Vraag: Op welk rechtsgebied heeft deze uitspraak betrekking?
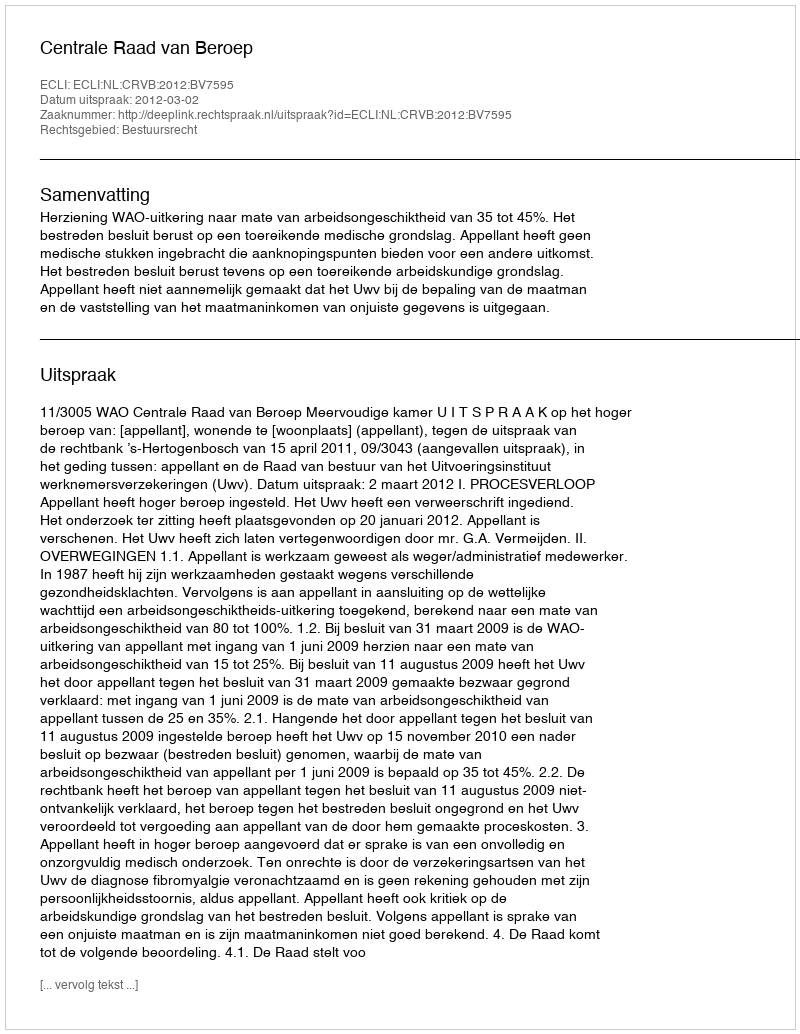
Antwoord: Bestuursrecht